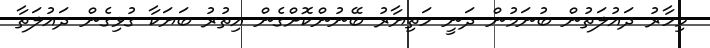
މިހާރު ދައުލަތުން ބުނަމުން ދަނީ ހަތިޔާރު ބޭނުންކޮށްގެން އިތުރު ބަޔަކާ ގުޅިގެން ދައުލަތާ